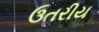
ઉતરીય